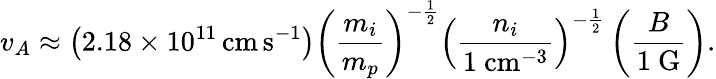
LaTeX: v_{A}\approx\left(2.18\times 10^{11}\, {\mathrm{cm}}\, {\mathrm{s}}^{-1}\right)\left({\frac{m_{i}}{m_{p}}}\right)^{-{\frac{1}{2}}}\left({\frac{n_{i}}{1~{\mathrm{cm}}^{-3}}}\right)^{-{\frac{1}{2}}}\left({\frac{B}{1~{\mathrm{G}}}}\right).